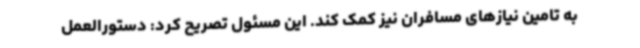
به تامین نیازهای مسافران نیز کمک کند. این مسئول تصریح کرد: دستورالعمل